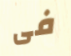
فى